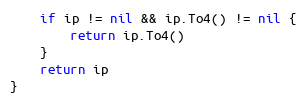
Language: Go
	if ip != nil && ip.To4() != nil {
		return ip.To4()
	}
	return ip
}